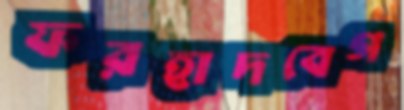
ফরহাদবেগ